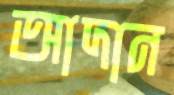
আদান